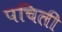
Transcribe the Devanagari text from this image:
पचिली